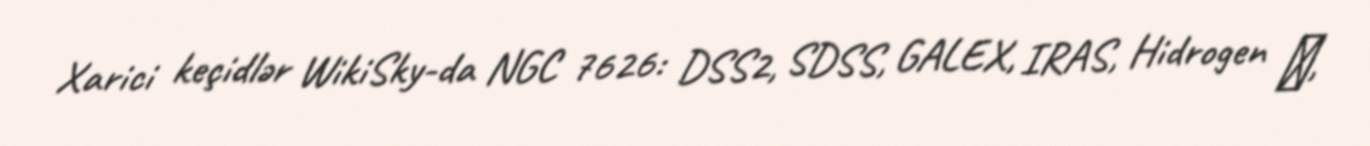
Xarici keçidlər WikiSky-da NGC 7626: DSS2, SDSS, GALEX, IRAS, Hidrogen α,